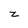
Character: z